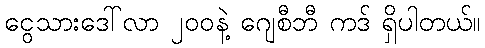
ငွေသားဒေါ်လာ ၂၀၀နဲ့ ဂျေစီဘီ ကဒ် ရှိပါတယ်။